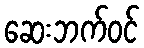
ဆေးဘက်ဝင်